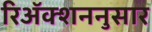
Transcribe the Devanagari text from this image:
रिॲक्शननुसार